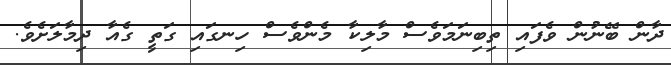
ދާން ބޭނުން ވެފައި ތިބިނަމަވެސް މާލިކާ މެންވެސް ހިނގައި ގަތީ ގެއާ ދިމާލަށެވެ.